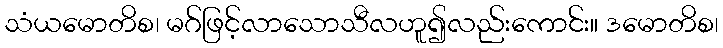
သံယမောတိစ၊ မဂ်ဖြင့်လာသောသီလဟူ၍လည်းကောင်း။ ဒမောတိစ၊